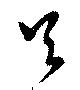
足